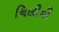
ચિલીની